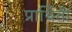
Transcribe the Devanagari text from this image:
प्रार्थिती